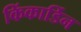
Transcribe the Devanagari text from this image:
किंकार्डिन